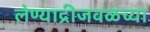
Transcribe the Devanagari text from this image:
लेण्याद्रीजवळच्या